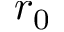
r _ { 0 }